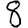
Digit: 8